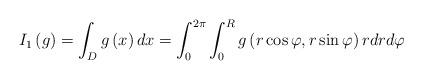
LaTeX: \begin{align*}I_{1}\left( g\right) =\int_{D}g\left( x\right) dx=\int_{0}^{2\pi}\int_{0}^{R}g\left( r\cos\varphi,r\sin\varphi\right) rdrd\varphi\end{align*}